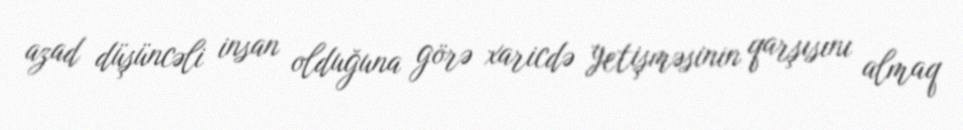
azad düşüncəli insan olduğuna görə xaricdə yetişməsinin qarşısını almaq